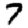
Digit: 7